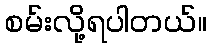
စမ်းလို့ရပါတယ်။